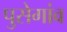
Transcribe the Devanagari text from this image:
पुसेगांव